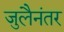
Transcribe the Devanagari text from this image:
जुलैनंतर